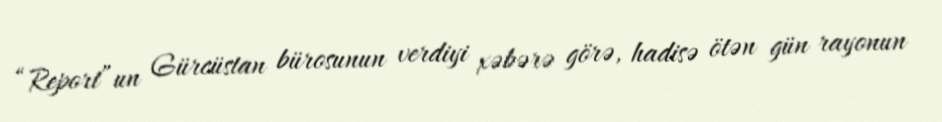
“Report”un Gürcüstan bürosunun verdiyi xəbərə görə, hadisə ötən gün rayonun